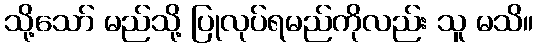
သို့သော် မည်သို့ ပြုလုပ်ရမည်ကိုလည်း သူ မသိ။